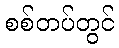
စစ်တပ်တွင်